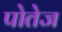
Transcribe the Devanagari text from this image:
पोतेज